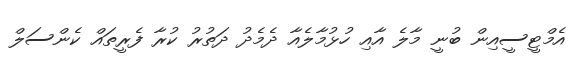
އެމްޓީސީއިން ބުނީ މާލެ އާއި ހުޅުމާލެއާ ދެމެދު ދަތުރު ކުރާ ފެރީތައް ކެންސަލް